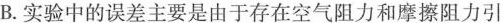
B.实验中的误差主要是由于存在空气阻力和摩擦阻力引